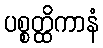
ပစ္စတ္ထိကာနံ